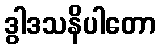
ဒွါဒသနိပါတော